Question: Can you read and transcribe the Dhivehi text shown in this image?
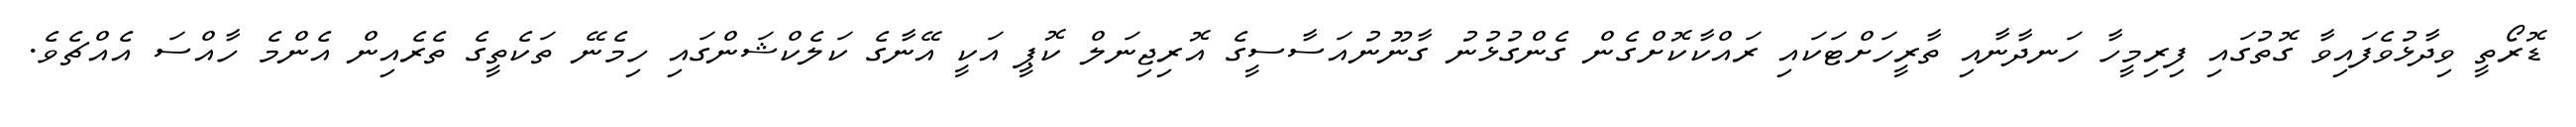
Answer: ޑޮރޯތީ ވިދާޅުވެފައިވާ ގޮތުގައި ފިރިމީހާ ހަނދާނާއި ތާރީހަށްޓަކައި ރައްކާކޮށްގެން ގެންގުޅުނު ގާނޫނުއަސާސީގެ އޮރިޖިނަލް ކޮޕީ އަކީ އޭނާގެ ކަލެކްޝަންގައި ހިމެނޭ ތަކެތީގެ ތެރެއިން އެންމެ ހާއްސަ އެއްޗެވެ.